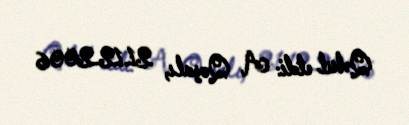
Qəbul etdi: A. Qoşalı, 21.12.2006